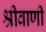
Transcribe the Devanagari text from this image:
श्रीवाणी